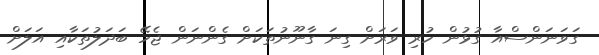
ގަވަނަންސްއާ ގުޅުން ހުރި ވަރަށް ގިނަ ގާނޫނުތަކަށް ގެންނަން ޖެހޭ ބަދަލުތަކާއި އަލަށް